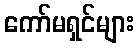
ကော်မရှင်များ